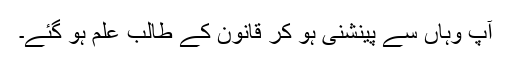
آپ وہاں سے پینشنی ہو کر قانون کے طالبِ علم ہو گئے۔